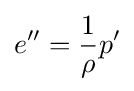
e''={\frac {1}{\rho }}p'